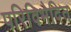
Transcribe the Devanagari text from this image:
परिविभेदित